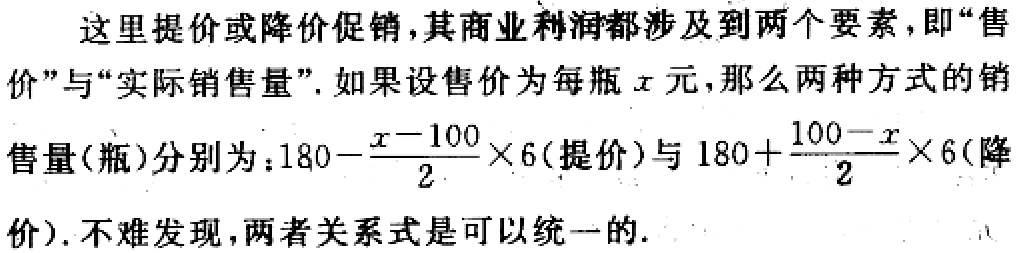
这里提价或降价促销,其商业利润都涉及到两个要素,即“售价”与“实际销售量”.如果设售价为每瓶\(x\)元,那么两种方式的销售量(瓶)分别为：\(180 - \frac{x - 100}{2}×6\)(提价)与\(180 + \frac{100 - x}{2}×6\)(降价).不难发现,两者关系式是可以统一的.